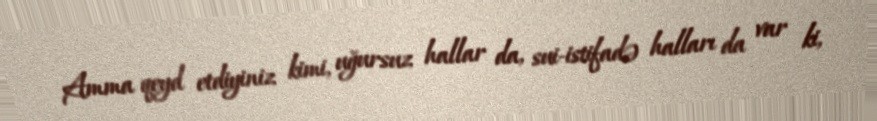
Amma qeyd etdiyiniz kimi, uğursuz hallar da, sui-istifadə halları da var ki,